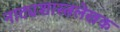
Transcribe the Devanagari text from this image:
नाट्यशास्त्रलेखक